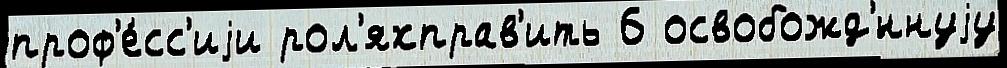
проф'е́сс'иjи рол'яхправ'ить 6 освобожд'́ннуjу